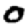
Digit: 0